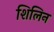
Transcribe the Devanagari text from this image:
शिलिन